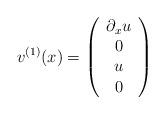
LaTeX: \begin{align*}v^{(1)}(x)=\left(\begin{array}{c}\partial_x u\\0\\u\\0\end{array}\right)\end{align*}